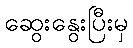
ဆွေးနွေးပြီးမှ